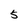
Character: S